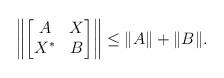
LaTeX: \begin{align*}\left\|\begin{bmatrix} A &X \\X^* &B\end{bmatrix} \right\|\le \| A\|+\| B \|. \end{align*}